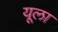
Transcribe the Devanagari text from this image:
यूला